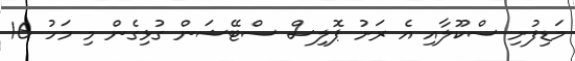
މަޑިފުށި ސްކޫލާއި އެ ރަށު ޕޮލިސް ސްޓޭޝަން ގުޅިގެން މި މަހު 16